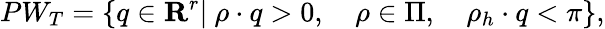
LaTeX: PW_{T}=\{ q\in{\mathbf R}^{r}|\ \rho\cdot q>0,\quad\rho\in\Pi,\quad\rho_{h}\cdot q<\pi\} ,